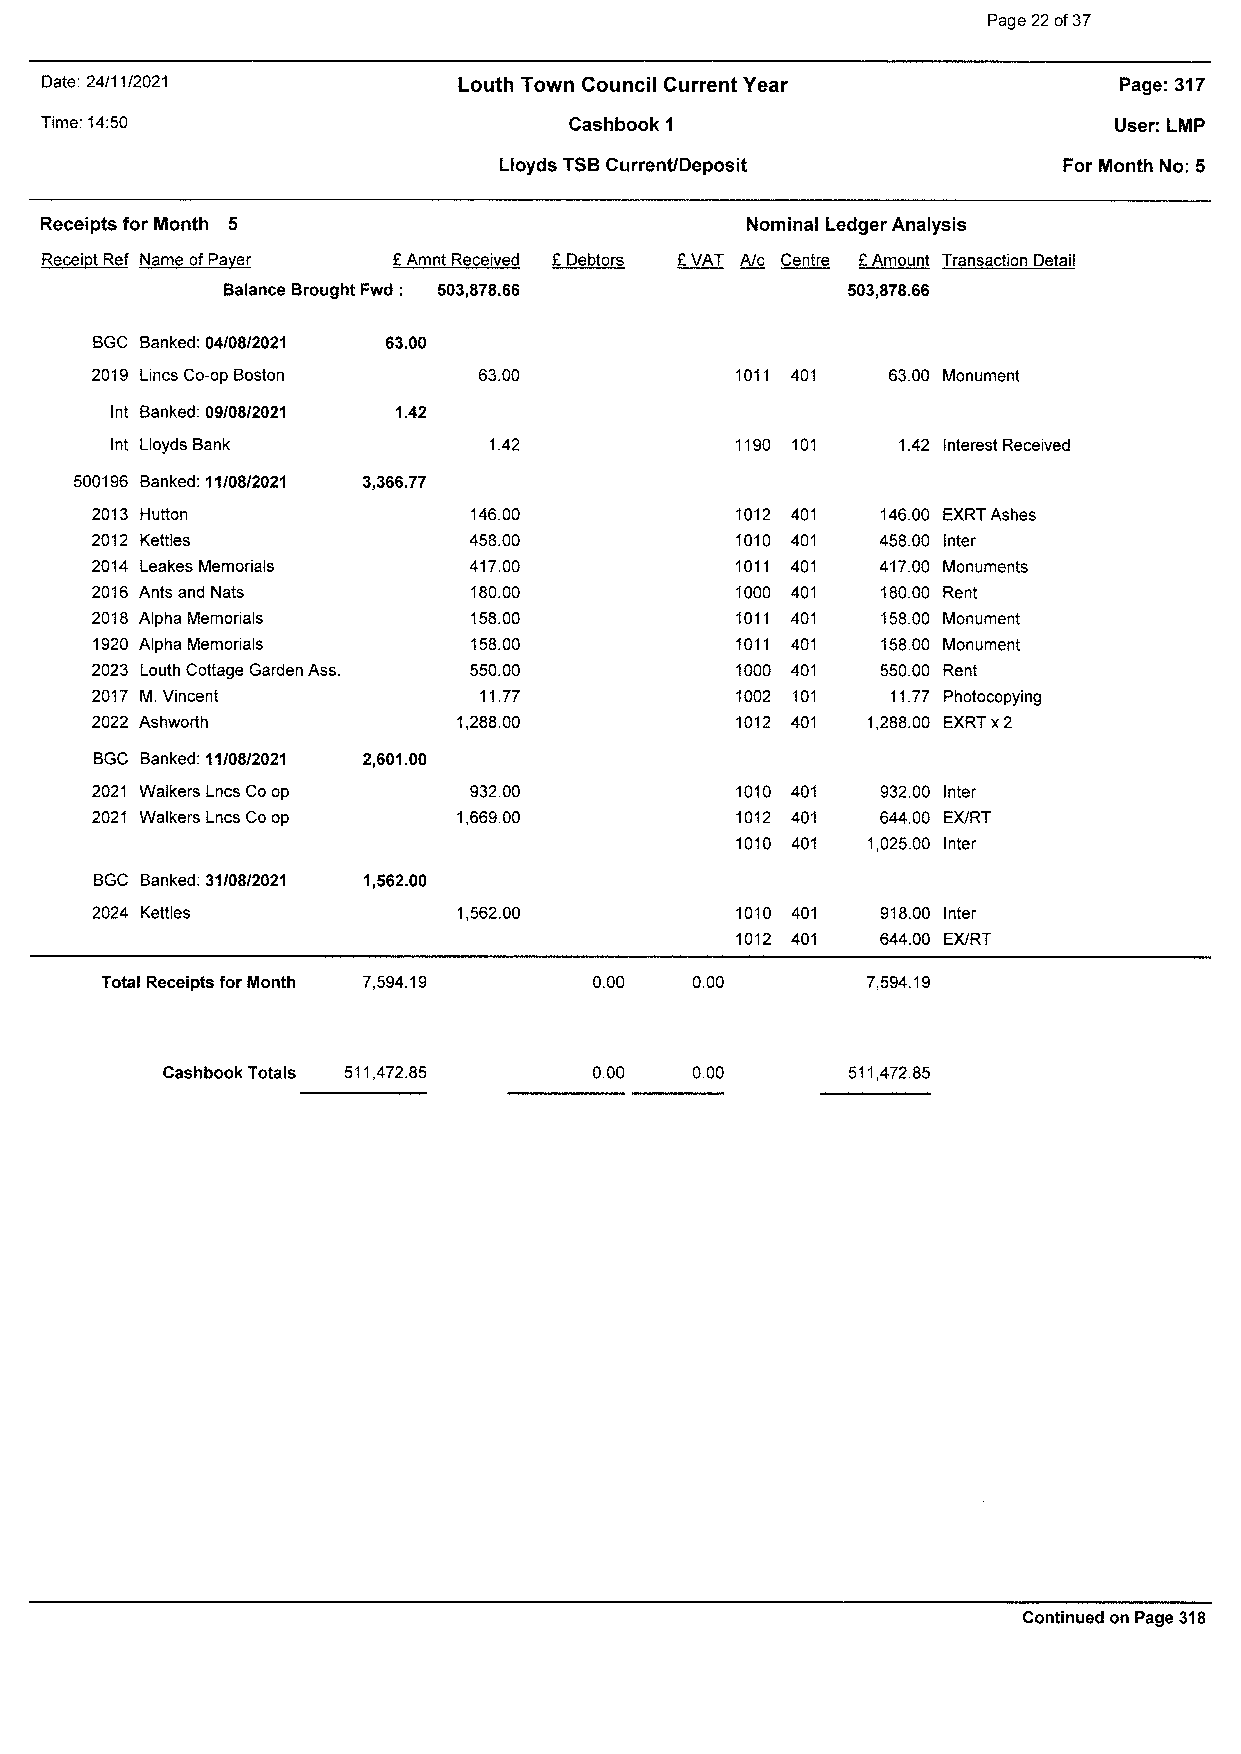
Page 22 of 37
 Date: 24/11/2021            Louth Town Council Current Year             Page:317
 Time: 14:50                        Cashbook1                           User: LMP
 Lloyds TSB Current/Deposit           For Month No: 5
 Receipts for Month 5                           Nominal Ledger Analysis
 Receipt Ref Name of Paver £Amnt Received £ Debtors £ VAT A/c Centre £ Amount Transaction Detail
 Balance Brought Fwd : 503,878.66          503,878.66
 BGC Banked: 04/08/2021 63.00
 2019 Lines Co-op Boston 63.00             1011 401  63.00 Monument
 Int Banked: 09/08/2021 1.42
 Int Lloyds    Bank    1.42               1190 101   1.42 Interest Received
 500196 Banked: 11/08/2021 3,366.77
 2013    Mutton     146.00                 1012 401  146.00EXRT Ashes
 2012    Kettles    458.00                 1010 401  458.00Inter
 2014 Leakes Memorials 417.00              1011 401  417.00Monuments
 2016  Ants and  Nats 180.00               1000 401  180.00Rent
 2018 Alpha Memorials  158.00              1011 401  158.00Monument
 1920 Alpha Memorials  158.00              1011 401  158.00Monument
 2023 Louth Cottage Garden Ass. 550.00     1000 401  550.00Rent
 2017   M.  Vincent   11.77                1002 101   11.77Photocopying
 2022  Ashworth    1,288.00                1012 401 1,288.00EXRT x 2
 BGC Banked: 11/08/2021 2,601.00
 2021 Walkers Lncs Co op 932.00            1010 401  932.00 Inter
 2021 Walkers Lncs Co op 1,669.00          1012 401  644.00 EX/RT
 1010 401 1,025.00 Inter
 BGC Banked: 31/08/2021 1,562.00
 2024   Kettles   1,562.00                 1010 401  918.00 Inter
 1012 401  644.00 EX/RT
 Total Receipts for Month 7,594.19 0.00 0.00        7,594.19
 Cashbook Totals 511,472.85   0.00  0.00       511,472.85
 Continued on Page 318